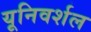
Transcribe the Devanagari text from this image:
यूनिवर्शल